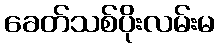
ခေတ်သစ်ပိုးလမ်းမ